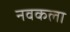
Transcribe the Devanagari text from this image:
नवकला